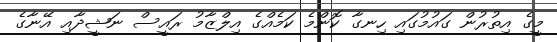
މީގެ އިތުރުން ގައުމުގައި ހިނގާ ކޮންމެ ކަމެއްގެ އިލްޒާމު ރައީސް ނަޝީދާއި އޭނާގެ